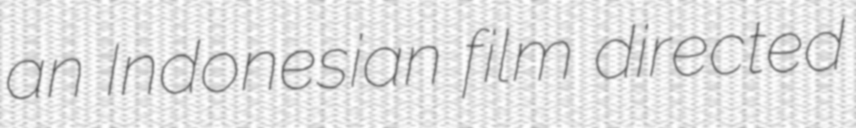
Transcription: an Indonesian film directed